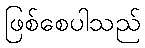
ဖြစ်စေပါသည်